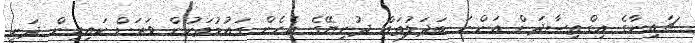
ޗައިނާގެ އިގްތިސާދަށް އަންނަ ބަދަލުތައް ދުނިޔޭގެ އެހެން ގައުމުތަކުން ވަރަށް ކައިރިން ދަނީ